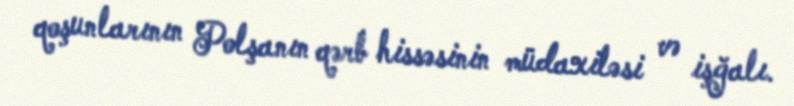
qoşunlarının Polşanın qərb hissəsinin müdaxiləsi və işğalı.